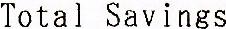
TOTAL SAVINGS